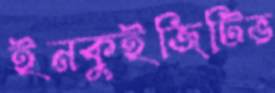
ইনকুইজিটিভ